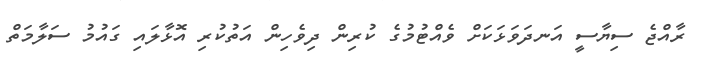
ރާއްޖެ ސިޔާސީ އަނދަވަޅަކަށް ވެއްޓުމުގެ ކުރިން ދިވެހިން އަތުކުރި އޮޅާލައި ގައުމު ސަލާމަތް